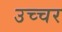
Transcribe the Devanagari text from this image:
उच्चर